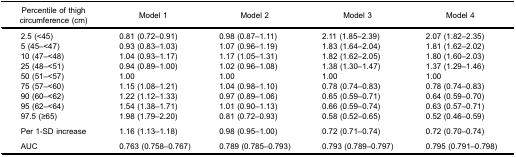
<table><thead><tr><td><b>Percentile of thighcircumference (cm)</b></td><td><b>Model 1</b></td><td><b>Model 2</b></td><td><b>Model 3</b></td><td><b>Model 4</b></td></tr></thead><tbody><tr><td>2.5 (&lt;45)</td><td>0.81 (0.72–0.91)</td><td>0.98 (0.87–1.11)</td><td>2.11 (1.85–2.39)</td><td>2.07 (1.82–2.35)</td></tr><tr><td>5 (45–&lt;47)</td><td>0.93 (0.83–1.03)</td><td>1.07 (0.96–1.19)</td><td>1.83 (1.64–2.04)</td><td>1.81 (1.62–2.02)</td></tr><tr><td>10 (47–&lt;48)</td><td>1.04 (0.93–1.17)</td><td>1.17 (1.05–1.31)</td><td>1.82 (1.62–2.05)</td><td>1.80 (1.60–2.03)</td></tr><tr><td>25 (48–&lt;51)</td><td>0.94 (0.89–1.00)</td><td>1.02 (0.96–1.08)</td><td>1.38 (1.30–1.47)</td><td>1.37 (1.29–1.46)</td></tr><tr><td>50 (51–&lt;57)</td><td>1.00</td><td>1.00</td><td>1.00</td><td>1.00</td></tr><tr><td>75 (57–&lt;60)</td><td>1.15 (1.08–1.21)</td><td>1.04 (0.98–1.10)</td><td>0.78 (0.74–0.83)</td><td>0.78 (0.74–0.83)</td></tr><tr><td>90 (60–&lt;62)</td><td>1.22 (1.12–1.33)</td><td>0.97 (0.89–1.06)</td><td>0.65 (0.59–0.71)</td><td>0.64 (0.59–0.70)</td></tr><tr><td>95 (62–&lt;64)</td><td>1.54 (1.38–1.71)</td><td>1.01 (0.90–1.13)</td><td>0.66 (0.59–0.74)</td><td>0.63 (0.57–0.71)</td></tr><tr><td>97.5 (≥65)</td><td>1.98 (1.79–2.20)</td><td>0.81 (0.72–0.93)</td><td>0.58 (0.52–0.65)</td><td>0.52 (0.46–0.59)</td></tr><tr><td colspan="5"> </td></tr><tr><td>Per 1-SD increase</td><td>1.16 (1.13–1.18)</td><td>0.98 (0.95–1.00)</td><td>0.72 (0.71–0.74)</td><td>0.72 (0.70–0.74)</td></tr><tr><td colspan="5"> </td></tr><tr><td>AUC</td><td>0.763 (0.758–0.767)</td><td>0.789 (0.785–0.793)</td><td>0.793 (0.789–0.797)</td><td>0.795 (0.791–0.798)</td></tr></tbody></table>